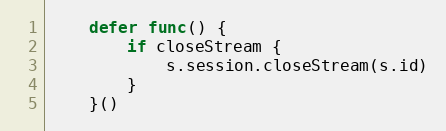
Language: Go
	defer func() {
		if closeStream {
			s.session.closeStream(s.id)
		}
	}()